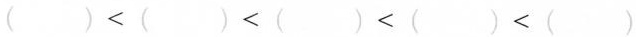
（）<（）<（）<（）<（）